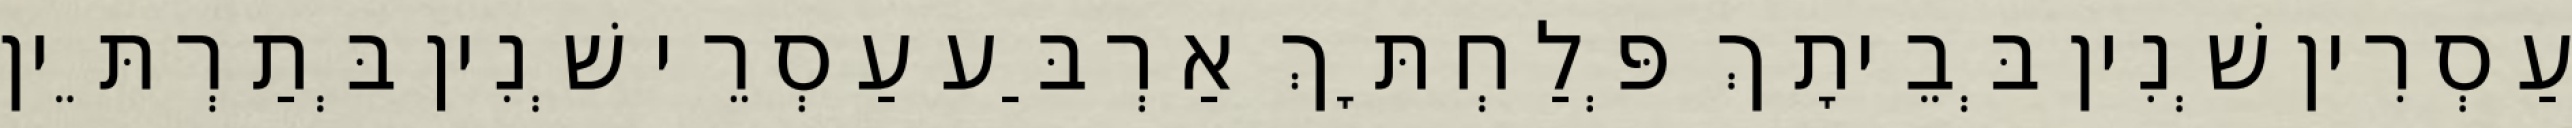
עַסְרִין שְׁנִין בְּבֵיתָךְ פְּלַחְתָּךְ אַרְבַּע עַסְרֵי שְׁנִין בְּתַרְתֵּין